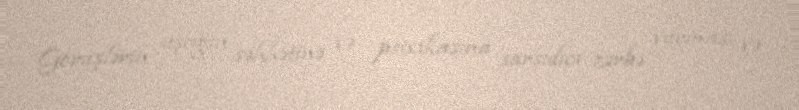
Görüşlərin uşağın səhhətinə və psixikasına sarsıdıcı zərbə vurması və